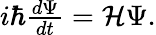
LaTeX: \begin{array}{r}{i\hbar\frac{d\Psi}{dt}={\mathcal H}\Psi.}\end{array}